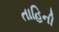
તાહિની